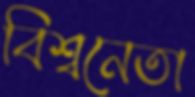
বিশ্বনেতা